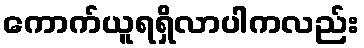
ကောက်ယူရရှိလာပါကလည်း